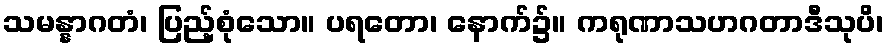
သမန္နာဂတံ၊ ပြည့်စုံသော။ ပရတော၊ နောက်၌။ ကရုဏာသဟဂတာဒီသုပိ၊